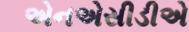
એનએસીડીએ